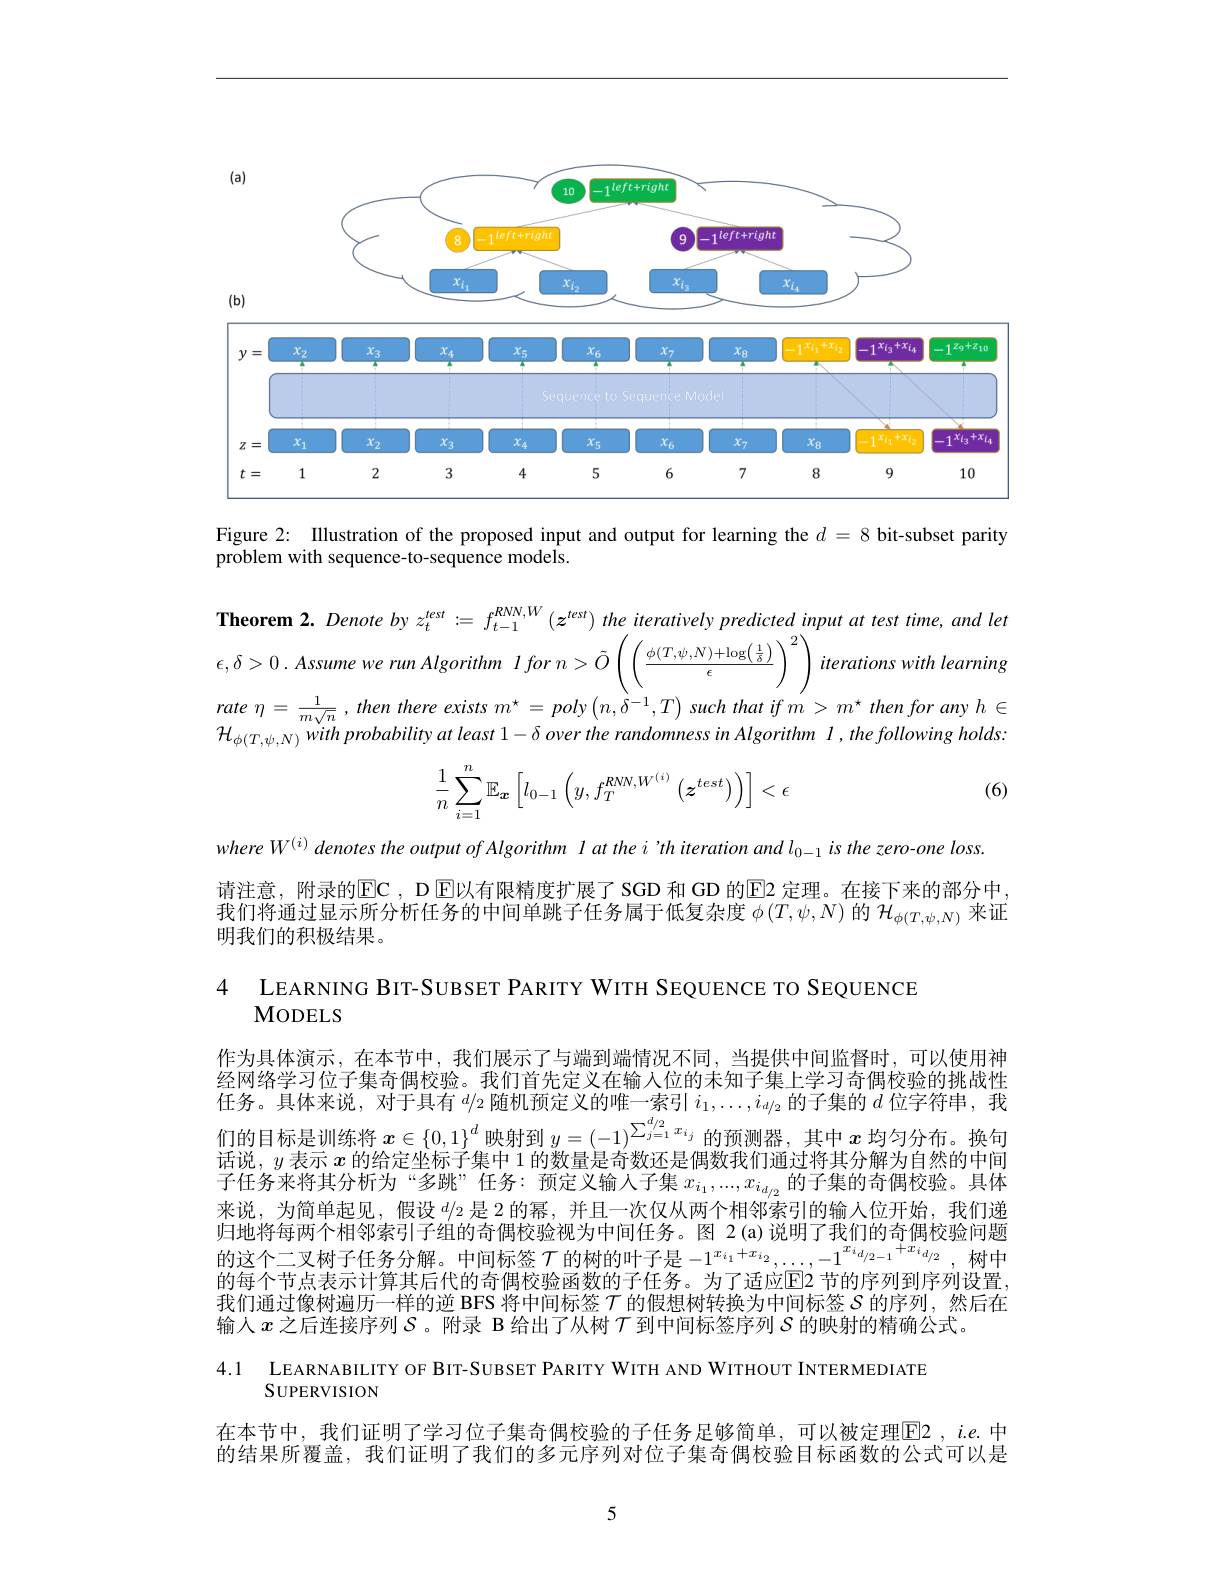
<FigureHere>

Figure 2: Illustration of the proposed input and output for learning the $d=8$ bit-subset parity
problem with sequence-to-sequence models.

Theorem 2. Denote by $z_t^{test}:=f_{t-1}^{RNN,W}(z^{test})$ the iteratively predicted input at test time, and let $\epsilon,\delta>0.AssumewerunAlgorithm~Iforn>\tilde{O}\left(\left(\frac{\phi(T,\psi,N)+\log\left(\frac1\delta\right)}\epsilon\right)^2\right)iterationswith~learning$ rate $\eta = \frac 1{m\sqrt {n}}$ $, then$ there exists $m^{\star }= poly\left ( n, \delta ^{- 1}, T\right )$ such that $if$ $m> m^{\star }$ then for any $h\in$ $\mathcal{H}_{\phi(T,\psi,N)}withprobabilityatleast1-\delta overtherandomnessinAlgorithm~I,thefollowing~holds:$
$$\dfrac{1}{n}\sum\limits_{i=1}^{n}\mathbb{E}_{\boldsymbol{x}}\left[l_{0-1}\left(y,f_{T}^{RNN,W^{(i)}}\left(z^{test}\right)\right)\right]<\epsilon $$
(6)

where W$^{(i)}$ denotes the output of Algorithm l at the i'th iteration and l$_0-1$ is the zero-one loss.
请注意，附录的$\mathsf{EC}$ , D $\mathsf{E}$以有限精度扩展了 SGD 和 GD 的$\mathsf{E}$2 定理。在接下来的部分中， 我们将通过显示所分析任务的中间单跳子任务属于低复杂度 $\phi\left(T,\psi,N\right)$的 $\mathcal{H}_\phi\left(T,\psi,N\right)$来证明我们的积极结果。

4 LEARNING BIT-SUBSET PARITY WITH SEQUENCE TO SEQUENCE
MODELS

作为具体演示，在本节中，我们展示了与端到端情况不同，当提供中间监督时，可以使用神经网络学习位子集奇偶校验。我们首先定义在输入位的未知子集上学习奇偶校验的挑战性任务。具体来说，对于具有$^d/ 2$随 机 预 定 义 的 唯 一 索 引 $i_1, \ldots , i_{d/ 2}$的子集的$d$位字符串，我们的目标是训练将$x\in\left\{0,1\right\}^d$映射到$y=(-1)^\sum_{j=1}^{d/2}x_{i_j}$的预测器，其中$x$均匀分布。换句话说，$y$表示$x$的给定坐标子集中 1 的数量是奇数还是偶数我们通过将其分解为自然的中间子任务来将其分析为“多跳” 任务：预定义输人子集 $x_i_1,...,x_{i_{d/2}}$的子集的奇偶校验。具体来说，为简单起见，假设$d/2$是 2 的幂，并且一次仅从两个相邻索引的输入位开始，我们递归地将每两个相邻索引子组的奇偶校验视为中间任务。图 2(a)说明了我们的奇偶校验问题的这个二叉树子任务分解。中间标签$\mathcal{T}$的树的叶子是$-1^{x_{i_1}+x_{i_2}},\ldots,-1^{x_{i_{d/2-1}}+x_{i_{d/2}}}$,树中的每个节点表示计算其后代的奇偶校验函数的子任务。为了适应$\overline{\mathrm{E}}$2 节的序列到序列设置我们通过像树遍历一样的逆 BFS 将中间标签$\tau$的假想树转换为中间标签$S$的序列，然后在输人$x$之后连接序列$S$。附录 B 给出了从树$\tau$到中间标签序列$S$的映射的精确公式。

$\begin{array}{ll}{4.1}&{{\mathrm{LEARNABILITY~OF~BIT-SUBSET~PARITY~WITH~AND~WITHOUT~INTERMEDIATE}}}\\{{\mathrm{SUPERVISION}}}\end{array}$

在本节中，我们证明了学习位子集奇偶校验的子任务足够简单，可以被定理$\overline{\mathrm{F}}$2,$ie.$ 中的结果所覆盖，我们证明了我们的多元序列对位子集奇偶校验目标函数的公式可以是

5